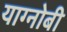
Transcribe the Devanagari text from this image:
याग्नोबी